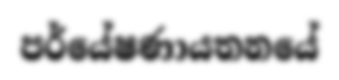
පර්යේෂණායතනයේ